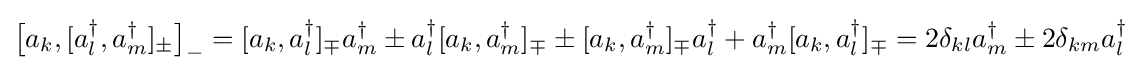
{\big [}a_{k},[a_{l}^{\dagger },a_{m}^{\dagger }]_{\pm }{\big ]}_{-}=[a_{k},a_{l}^{\dagger }]_{\mp }a_{m}^{\dagger }\pm a_{l}^{\dagger }[a_{k},a_{m}^{\dagger }]_{\mp }\pm [a_{k},a_{m}^{\dagger }]_{\mp }a_{l}^{\dagger }+a_{m}^{\dagger }[a_{k},a_{l}^{\dagger }]_{\mp }=2\delta _{kl}a_{m}^{\dagger }\pm 2\delta _{km}a_{l}^{\dagger }